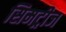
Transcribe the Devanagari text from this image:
सिमट्रीज